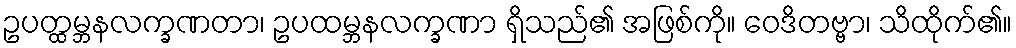
ဥပတ္ထမ္ဘနလက္ခဏတာ၊ ဥပထမ္ဘနလက္ခဏာ ရှိသည်၏ အဖြစ်ကို။ ဝေဒိတဗ္ဗာ၊ သိထိုက်၏။